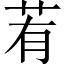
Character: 䒴